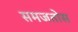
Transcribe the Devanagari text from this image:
समजतोस